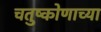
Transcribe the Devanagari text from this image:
चतुष्कोणाच्या